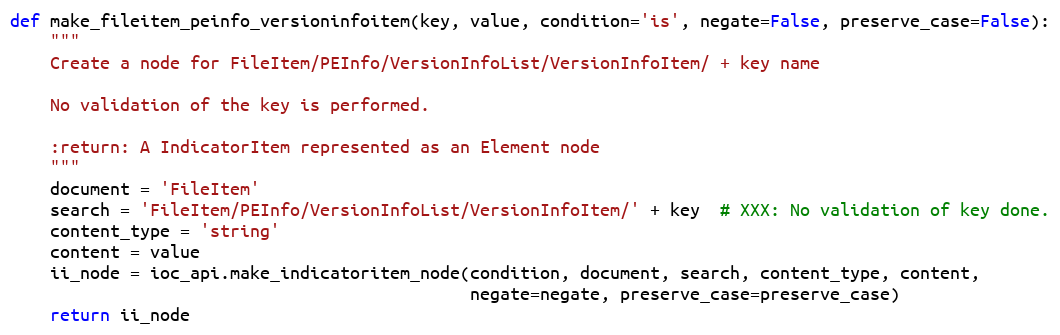
Language: Python
def make_fileitem_peinfo_versioninfoitem(key, value, condition='is', negate=False, preserve_case=False):
    """
    Create a node for FileItem/PEInfo/VersionInfoList/VersionInfoItem/ + key name

    No validation of the key is performed.

    :return: A IndicatorItem represented as an Element node
    """
    document = 'FileItem'
    search = 'FileItem/PEInfo/VersionInfoList/VersionInfoItem/' + key  # XXX: No validation of key done.
    content_type = 'string'
    content = value
    ii_node = ioc_api.make_indicatoritem_node(condition, document, search, content_type, content,
                                              negate=negate, preserve_case=preserve_case)
    return ii_node